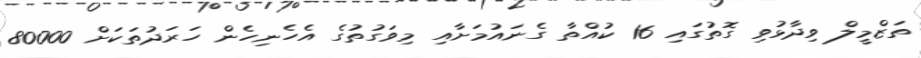
ތަޒްމީލް ވިދާޅުވި ގޮތުގައި 16 ކުއްތާ ގެނައުމަށާއި މިވަގުތުގެ އެހެނިހެން ހަރަދުތަކަށް 80000